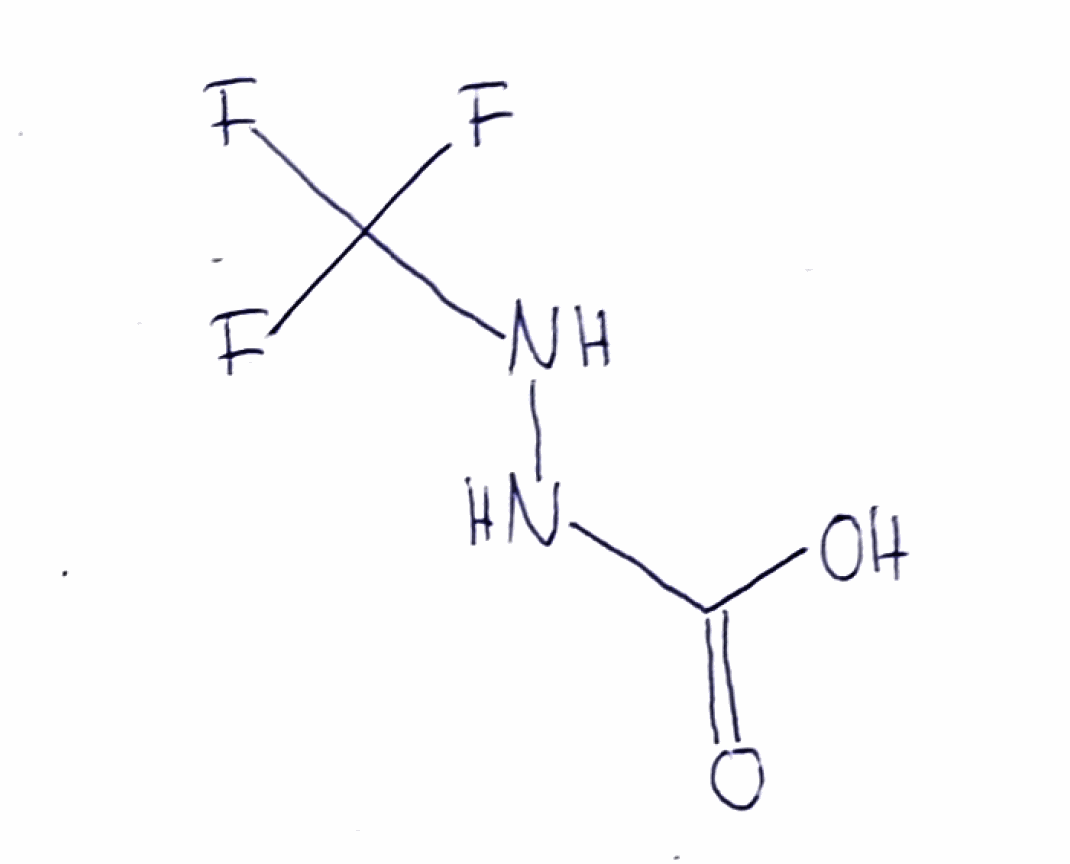
Simplified molecular-input line-entry system (SMILES) notation of the given molecule:
C(=O)(NNC(F)(F)F)O